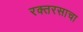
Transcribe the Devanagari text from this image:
रक्तरसाचा